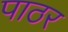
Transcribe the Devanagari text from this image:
पाठर